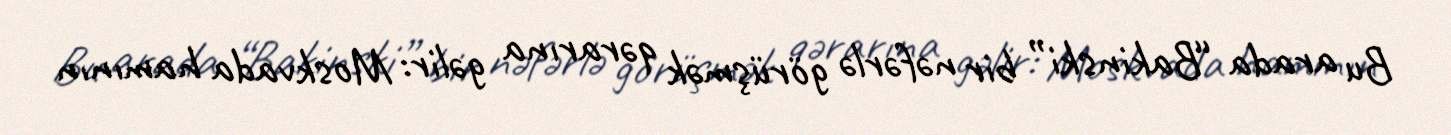
Bu arada “Bakinski” bir nəfərlə görüşmək qərarına gəlir: Moskvada hamının